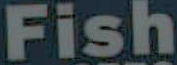
Fish